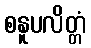
စနူပလိတ္တံ